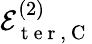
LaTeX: \mathcal{E}_{\mathrm{~t~e~r~},\mathrm{~C~}}^{(2)}